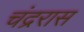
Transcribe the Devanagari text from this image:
चंद्ररास